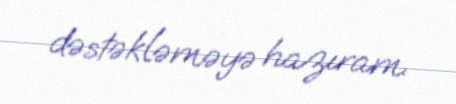
dəstəkləməyə hazıram.